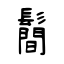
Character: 鬝